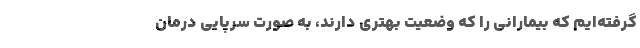
گرفته‌ایم که بیمارانی را که وضعیت بهتری دارند، به صورت سرپایی درمان